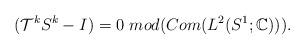
LaTeX: \begin{align*} (\mathcal{T}^kS^k-I)=0 \mbox{ } mod(Com(L^2(S^1;\mathbb{C}))).\end{align*}